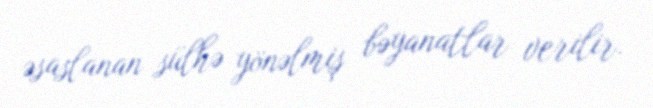
əsaslanan sülhə yönəlmiş bəyanatlar verilir.